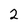
Character: 2